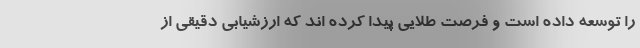
را توسعه داده است و فرصت طلایی پیدا کرده اند که ارزشیابی دقیقی از